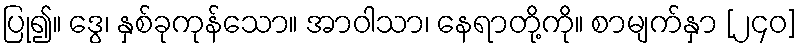
ပြု၍။ ဒွေ၊ နှစ်ခုကုန်သော။ အာဝါသာ၊ နေရာတို့ကို။ စာမျက်နှာ [၂၄၀]